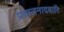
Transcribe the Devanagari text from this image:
प्रक्षालनादवारि